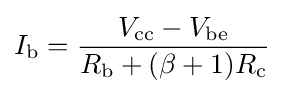
I_{\text{b}}={\frac {V_{\text{cc}}-V_{\text{be}}}{R_{\text{b}}+(\beta +1)R_{\text{c}}}}